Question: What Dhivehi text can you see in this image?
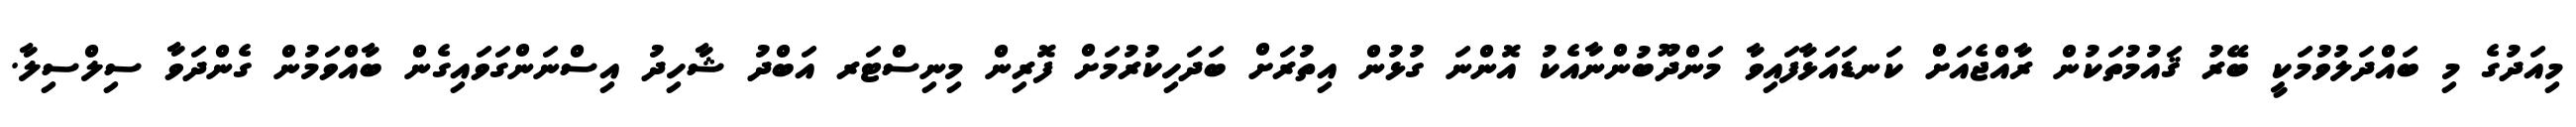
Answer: މިއަދުގެ މި ބައްދަލުވުމަކީ ބޭރު ޤައުމުތަކުން ރާއްޖެއަށް ކަނޑައަޅާފައިވާ މަންދޫބުންނާއެކު އޮންނަ ގުޅުން އިތުރަށް ބަދަހިކުރުމަށް ފޮރިން މިނިސްޓަރ އަބްދު ޝާހިދު އިސްނަންގަވައިގެން ބާއްވަމުން ގެންދަވާ ސިލްސިލާ.